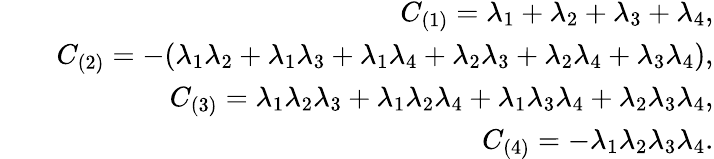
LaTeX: \begin{array}{rlr}&{}&{C_{(1)}=\lambda_{1}+\lambda_{2}+\lambda_{3}+\lambda_{4},}\\ &{}&{C_{(2)}=-(\lambda_{1}\lambda_{2}+\lambda_{1}\lambda_{3}+\lambda_{1}\lambda_{4}+\lambda_{2}\lambda_{3}+\lambda_{2}\lambda_{4}+\lambda_{3}\lambda_{4}),}\\ &{}&{C_{(3)}=\lambda_{1}\lambda_{2}\lambda_{3}+\lambda_{1}\lambda_{2}\lambda_{4}+\lambda_{1}\lambda_{3}\lambda_{4}+\lambda_{2}\lambda_{3}\lambda_{4},}\\ &{}&{C_{(4)}=-\lambda_{1}\lambda_{2}\lambda_{3}\lambda_{4}.}\end{array}